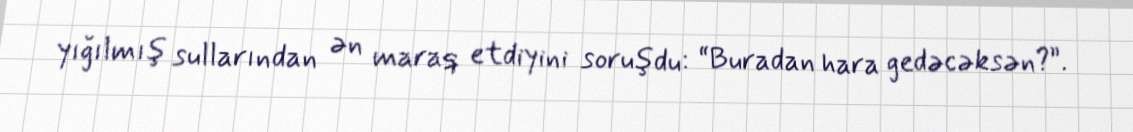
yığılmış sullarından ən maraq etdiyini soruşdu: “Buradan hara gedəcəksən?”.